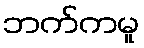
ဘက်ကမူ